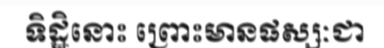
ទិដ្ឋិនោះ ព្រោះមានផស្សៈជា